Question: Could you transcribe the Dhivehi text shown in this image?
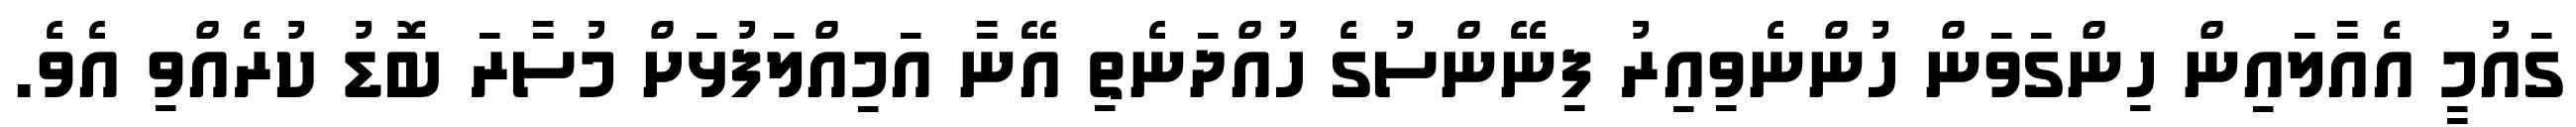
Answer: ގައުމީ އެއާލައިން ހިންގަވަން ހުންނެވިއިރު ފިނޭންސުގެ ހުއްދަނެތި އޭނާ އަމިއްލަފުޅަށް މުސާރަ ބޮޑު ކުރެއްވި އެވެ.